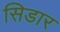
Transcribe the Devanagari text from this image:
सिडार